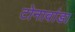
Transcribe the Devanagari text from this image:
टोनावांडा